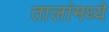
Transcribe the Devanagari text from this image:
तालांमध्ये